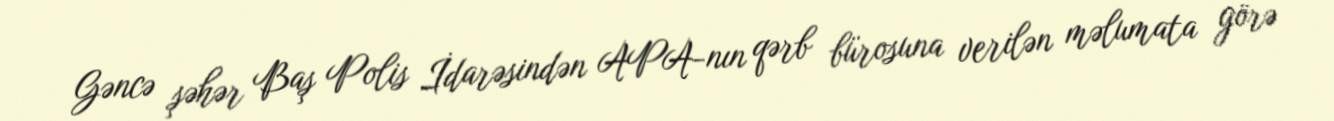
Gəncə şəhər Baş Polis İdarəsindən APA-nın qərb bürosuna verilən məlumata görə